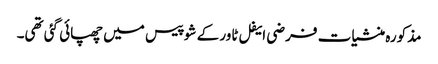
مذکورہ منشیات فرضی ایفل ٹاور کے شو پیس میں چھپائی گئی تھی۔